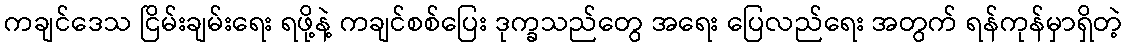
ကချင်ဒေသ ငြိမ်းချမ်းရေး ရဖို့နဲ့ ကချင်စစ်ပြေး ဒုက္ခသည်တွေ အရေး ပြေလည်ရေး အတွက် ရန်ကုန်မှာရှိတဲ့